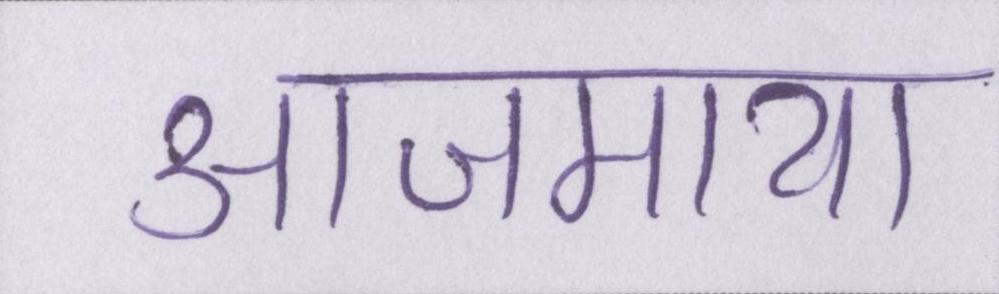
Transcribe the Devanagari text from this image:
आजमाया